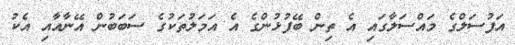
އަފުސަލްގެ މައްސަލާގައި އެ ތިން ބޭފުޅުންގެ އެ އަމަލުތަކުގެ ސަބަބުން އޭނާއާއި އެކު